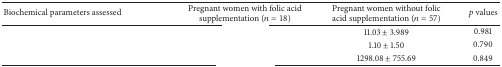
<table><thead><tr><td><b>Biochemical parameters assessed</b></td><td><b>Pregnant women with folic acid supplementation (<i>n</i> = 18)</b></td><td><b>Pregnant women without folic acid supplementation (<i>n</i> = 57)</b></td><td><b><i>p</i> values</b></td></tr></thead><tbody><tr><td>[EMPTY_CELL]</td><td>[EMPTY_CELL]</td><td>11.03 ± 3.989</td><td>0.981</td></tr><tr><td>[EMPTY_CELL]</td><td>[EMPTY_CELL]</td><td>1.10 ± 1.50</td><td>0.790</td></tr><tr><td>[EMPTY_CELL]</td><td>[EMPTY_CELL]</td><td>1298.08 ± 755.69</td><td>0.849</td></tr></tbody></table>